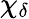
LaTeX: \chi_{\delta}